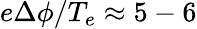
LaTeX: e\Delta\phi/T_{e}\approx 5-6